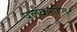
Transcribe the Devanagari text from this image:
पलकरहित